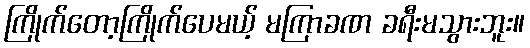
ကြိုက်တော့ကြိုက်ပေမယ့် မကြာခဏ ခရီးမသွားဘူး။